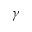
\gamma